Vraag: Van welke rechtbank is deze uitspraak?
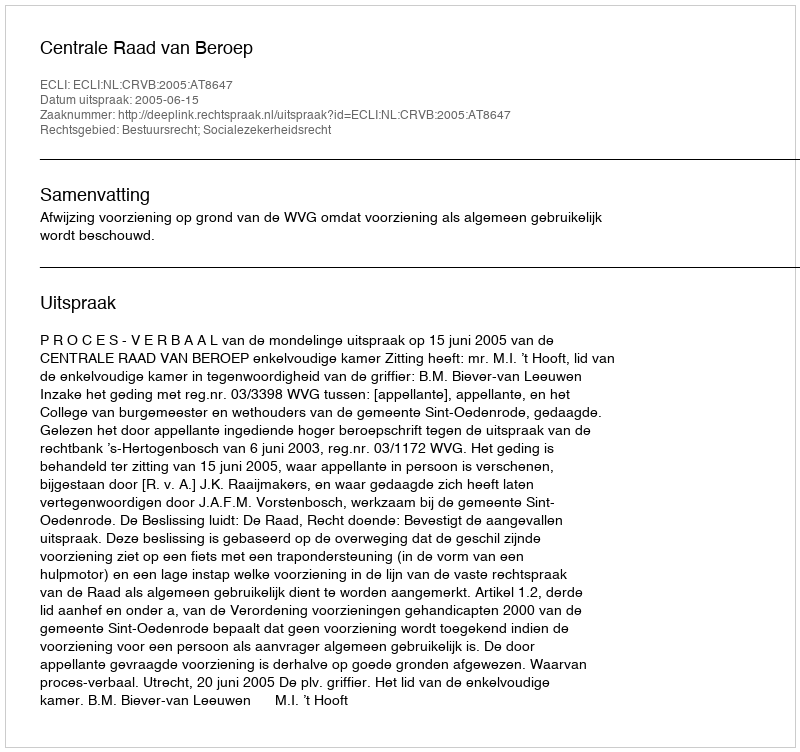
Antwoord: Centrale Raad van Beroep